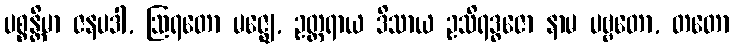
ပစ္စန္တိမာ ဇနပဒါ, ဩရတော မဇ္ဈေ, ဥတ္တရာယ ဒိသာယ ဥသိရဒ္ဓဇော နာမ ပဗ္ဗတော, တတော